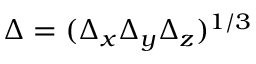
\Delta = ( \Delta _ { x } \Delta _ { y } \Delta _ { z } ) ^ { 1 / 3 }